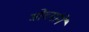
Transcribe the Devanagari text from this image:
मोर्च्याने